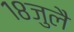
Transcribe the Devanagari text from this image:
१८जुलै